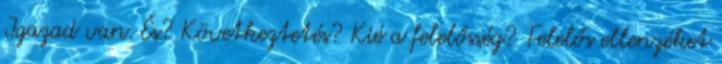
Igazad van. És? Következtetés? Kié a felelősség? Felelős ellenzéket